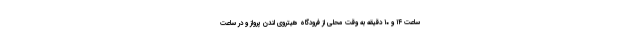
ساعت ۱۴ و ۱۰ دقیقه به وقت محلی از فرودگاه هیتروی لندن پرواز و در ساعت